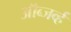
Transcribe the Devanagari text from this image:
ऑब्जर्व्ह